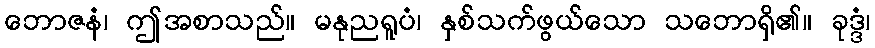
ဘောဇနံ၊ ဤအစာသည်။ မနုညရူပံ၊ နှစ်သက်ဖွယ်သော သဘောရှိ၏။ ခုဒ္ဒံ၊